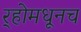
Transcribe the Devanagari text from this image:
र्‍होमधूनच